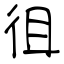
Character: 徂